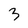
Character: 3